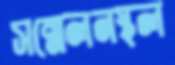
সম্মেলনস্থল